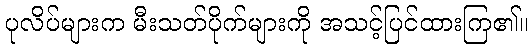
ပုလိပ်များက မီးသတ်ပိုက်များကို အသင့်ပြင်ထားကြ၏။